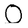
Character: O